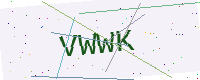
Text: VWWK